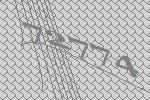
72774